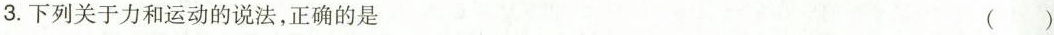
3.下列关于力和运动的说法，正确的是 ()